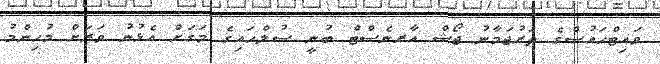
ވައިޓްހައުސްގެ ތަރުޖަމާނު ޖޯޝް އާރނެސްޓް ބުނީ ސުލްހައިގެ މަގަށް އެޅުނު ވަރަށް މުހިންމު